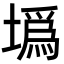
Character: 𡐮